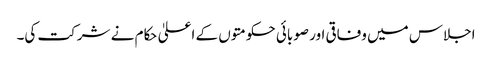
اجلاس میں وفاقی اور صوبائی حکومتوں کے اعلیٰ حکام نے شرکت کی۔